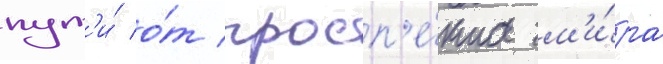
пут'и́ о́т просп'е́кта м'и́ра